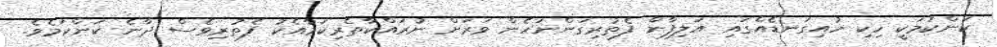
ކަންކަމަކީ ހިކި ހުއިގަނޑެއްގައި އަލިފާން ފެތުރިގަންނަހެން ވަރަށް ނުރައްކާތެރިކަމާއެކު ފެތުރިވެސް ދާނެ ކަންކަމެވެ.